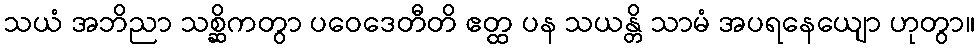
သယံ အဘိညာ သစ္ဆိကတွာ ပဝေဒေတီတိ ဧတ္ထ ပန သယန္တိ သာမံ အပရနေယျော ဟုတွာ။